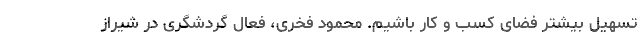
تسهیل بیشتر فضای کسب و کار باشیم. محمود فخری، فعال گردشگری در شیراز